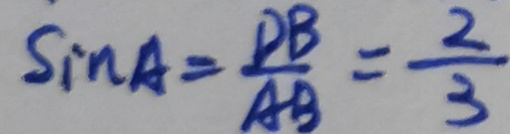
\sin A = \frac { D B } { A B } = \frac { 2 } { 3 }